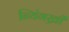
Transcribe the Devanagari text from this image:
न्यिंगख्री